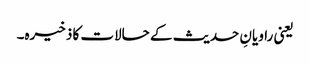
یعنی راویانِ حدیث کے حالات کا ذخیرہ۔